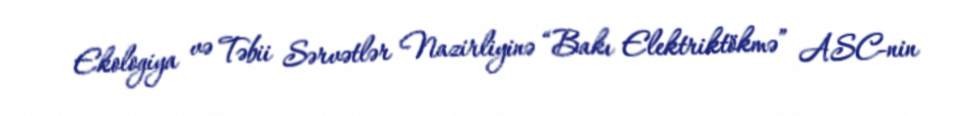
Ekologiya və Təbii Sərvətlər Nazirliyinə “Bakı Elektriktökmə” ASC-nin